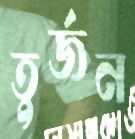
তুর্জন